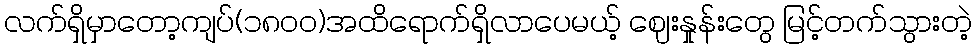
လက်ရှိမှာတော့ကျပ်(၁၈၀၀)အထိရောက်ရှိလာပေမယ့် ဈေးနှုန်းတွေ မြင့်တက်သွားတဲ့